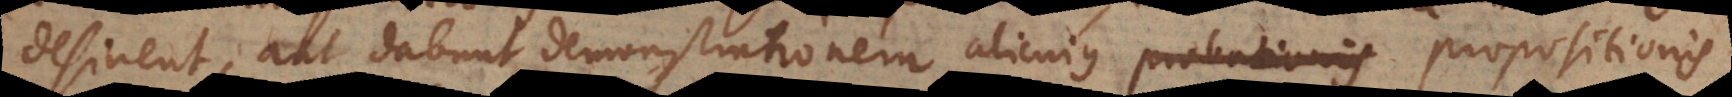
desinent, aut dabunt demonstrationem alicujus probationis propositionis